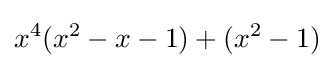
x^{4}(x^{2}-x-1)+(x^{2}-1)